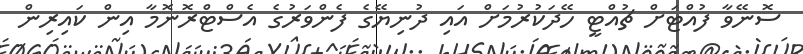
ސޮނޭވާ ފުއްޓަށް ޗުއްްޓީ ހޭދަކުރުމަށް އައި ދުނިޔޭގެ ފެންވަރުގެ އެސްޓްރޮނޮމާ އިން ކައިރިން